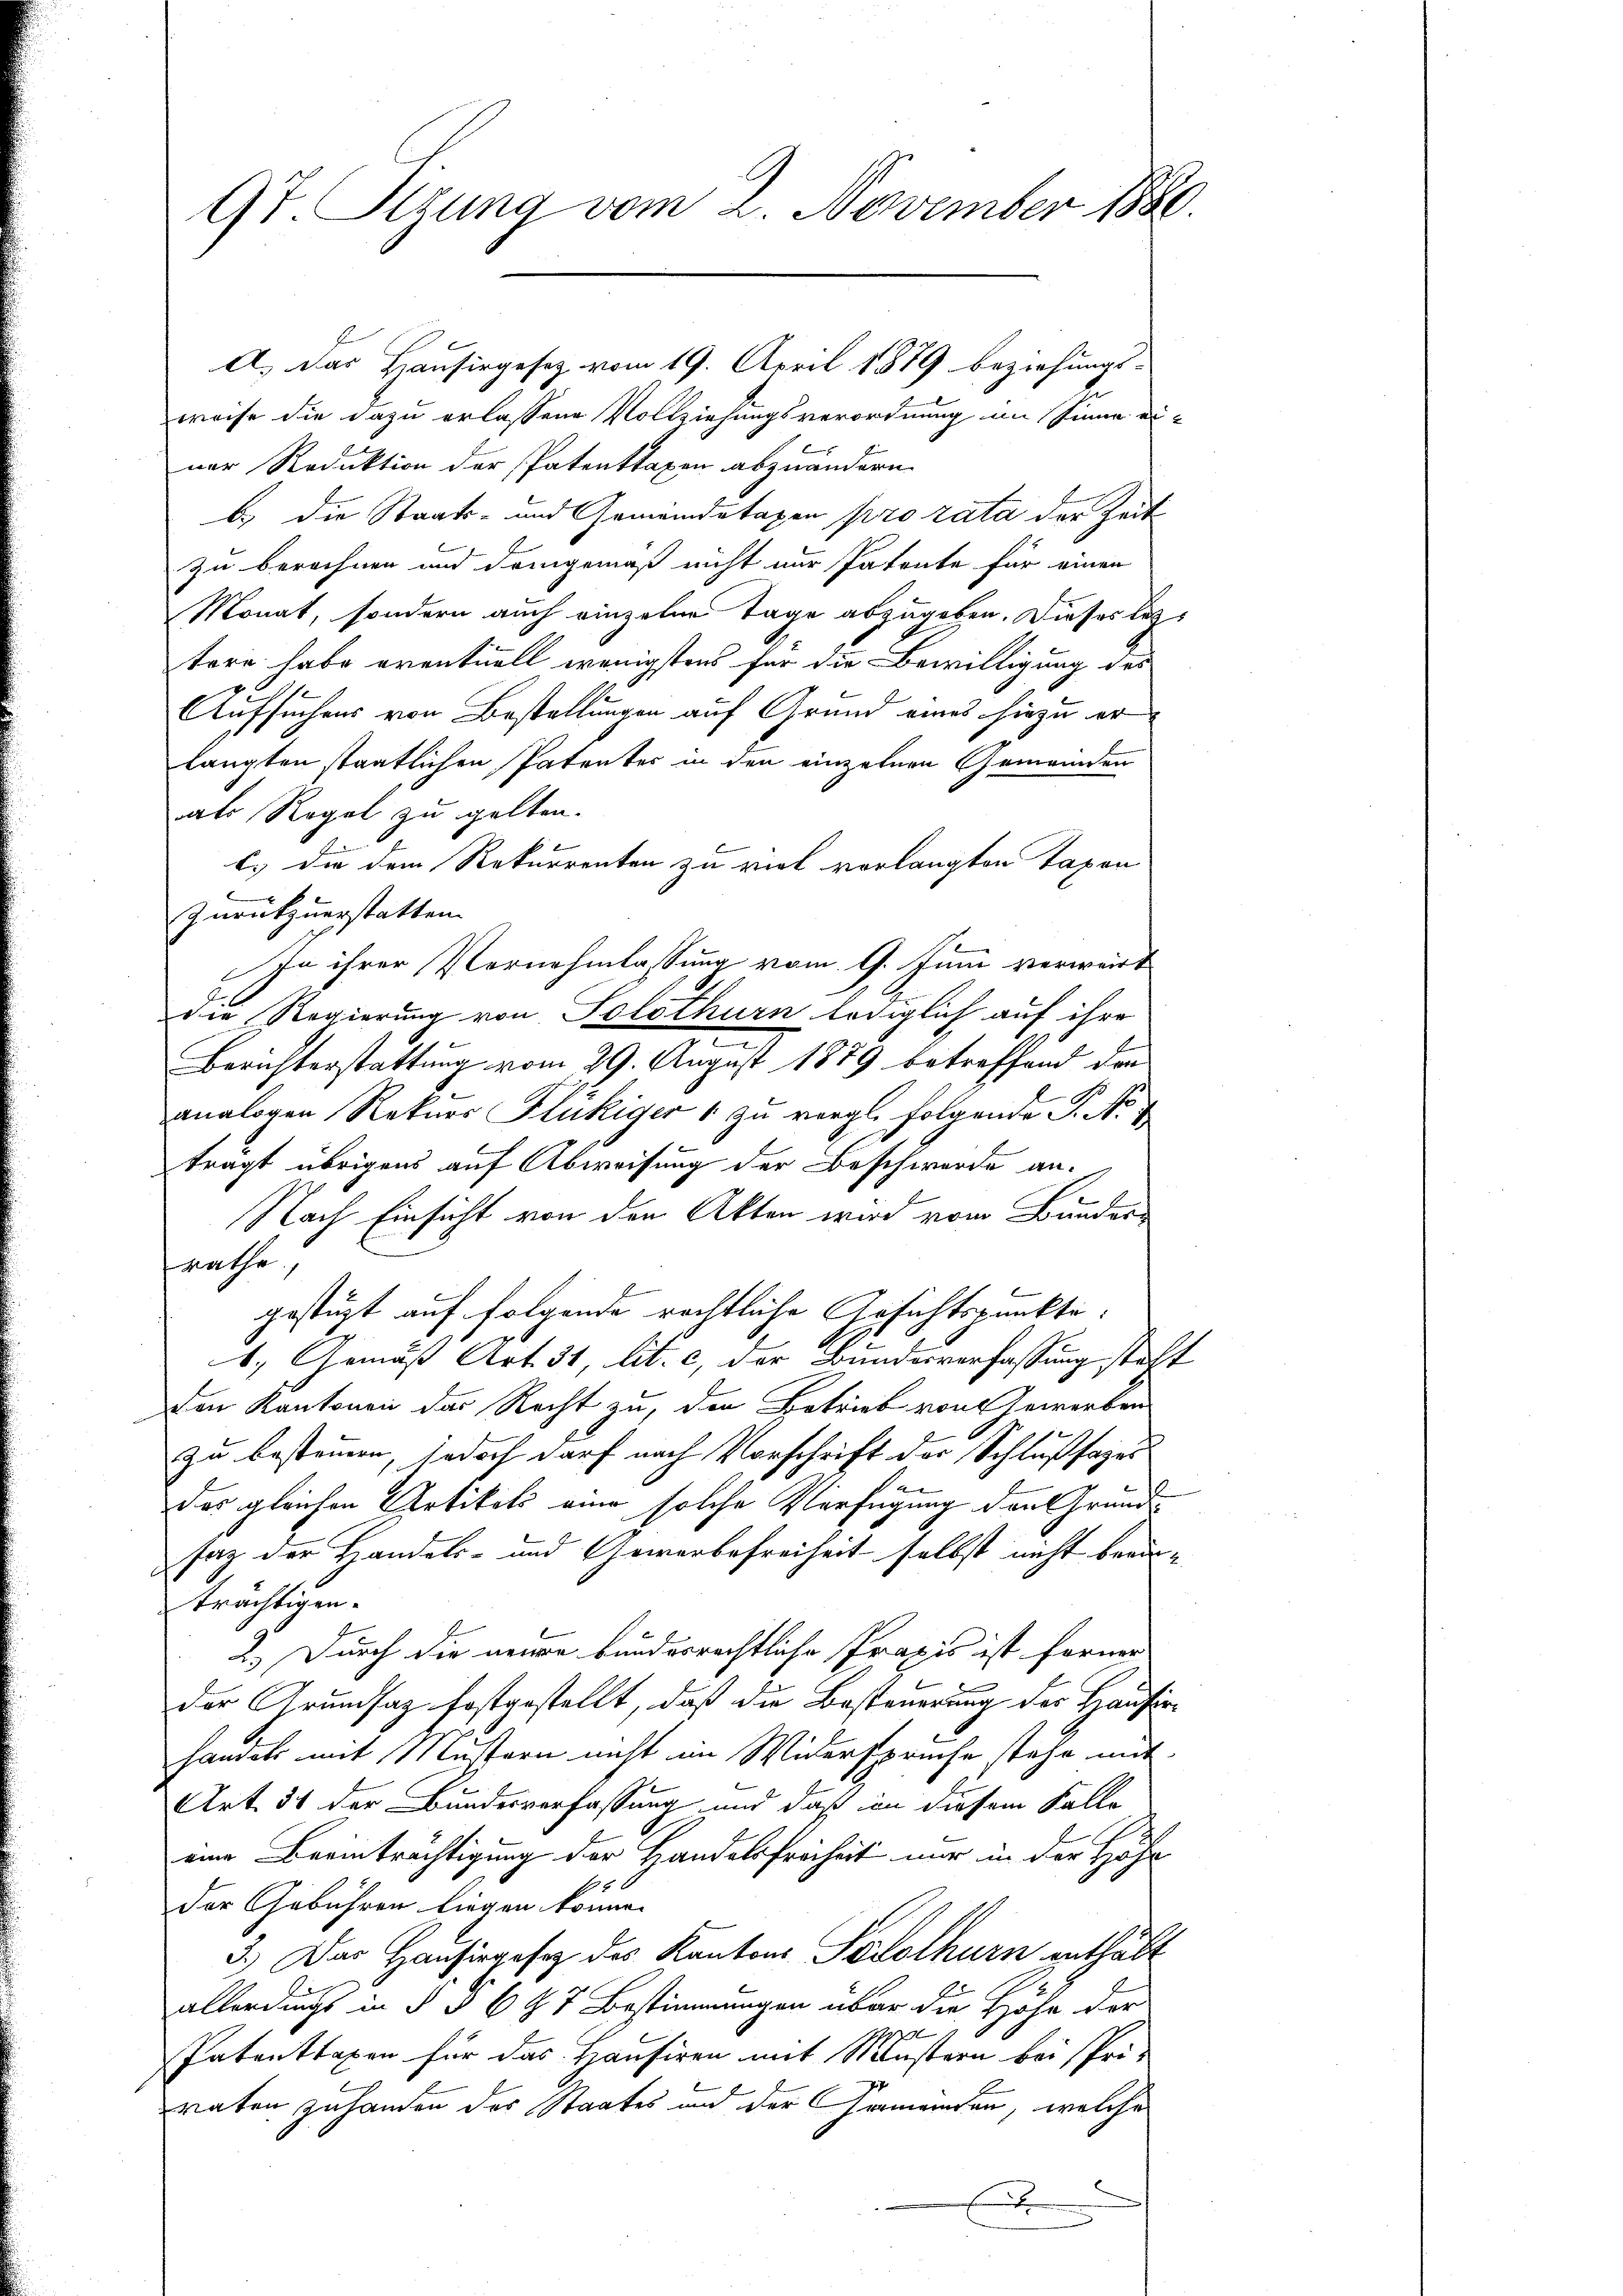
97. Sigung vom 2. November 1880.

A.) Das Hausirgesetz vom 19. April 1879 beziehungs-
weise die dazu erlassene Vollziehungsverordnung im Sinne einer Reduktion der Patenttaxen abzuändern.
b.) die Staats- und Gemeindetaxen pro rata der Zeit
zu berechnen und dringemäß nicht nur Patente für einen
Monat, sondern auch einzelne Tage abzugeben. Dieses lezt
tere habe eventuell wenigstens für die Bewilligung des
Aufsuchens von Bestellungen auf Grund eines hiezu er
langten staatlichen Patentes in den einzelnen Gemeinden
als Regel zu gelten.
c.) die dem Rekurrenten zu viel verlangten Taxen
Zurükzuerstatten. |
In ihrer Vernehmlassung vom 9. Junii verwart
die Regierung von Solothurn lediglich auf ihre
Berichterstattung vom 29. August 1889 betreffend den
analogen Rekurs Flückiger 1 zu vergl. Folgende P. Nr. 7
trägt übrigens auf Abweisung der Beschwerde an.
Nach Einsicht von den Akten wird vom Bundes
räthe.
gestüzt auf folgende rechtliche Gesichtspunkte.
1. Gemäß Art. 31, lit. c, der Bundesverfassung steht
den Kantonen das Recht zu, den Betrieb von Gewerben
zu besteuern, jedoch darf nach Vorschrift der Schlußfages
das gleichen Artikels eine solche Verfügung den Grundsaz der Handels- und Gewerbefreiheit selbst nicht beruträchtigen.
2.) Durch die neuere bunderrechtliche Praxis ist ferner
der Grundsaz festgestellt, daß die Besteuerung der Hausinhandels mit Mustern nicht im Widerspruche stehe mit
Art. 51 der Bundesverfassung und daß in diesem Falle
eine Beeinträchtigung der Handelsfreiheit nur in der Höhe
Der Gebühren liegen könne.
3.) Das Hausirgesez des Kantons Solothurn enthält
allerdings in § § 697 Bestimmungen über die Höhe der
.
Patenttaxen für das Hausiren mit Mustern bei spri-
raten zuhanden des Staates und der Gemeinden, welche
E